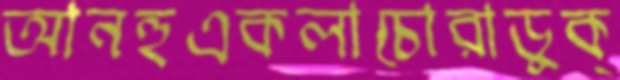
আনহুএকলাচোরাডুক্